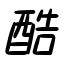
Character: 酷